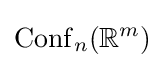
\operatorname {Conf} _{n}(\mathbb {R} ^{m})